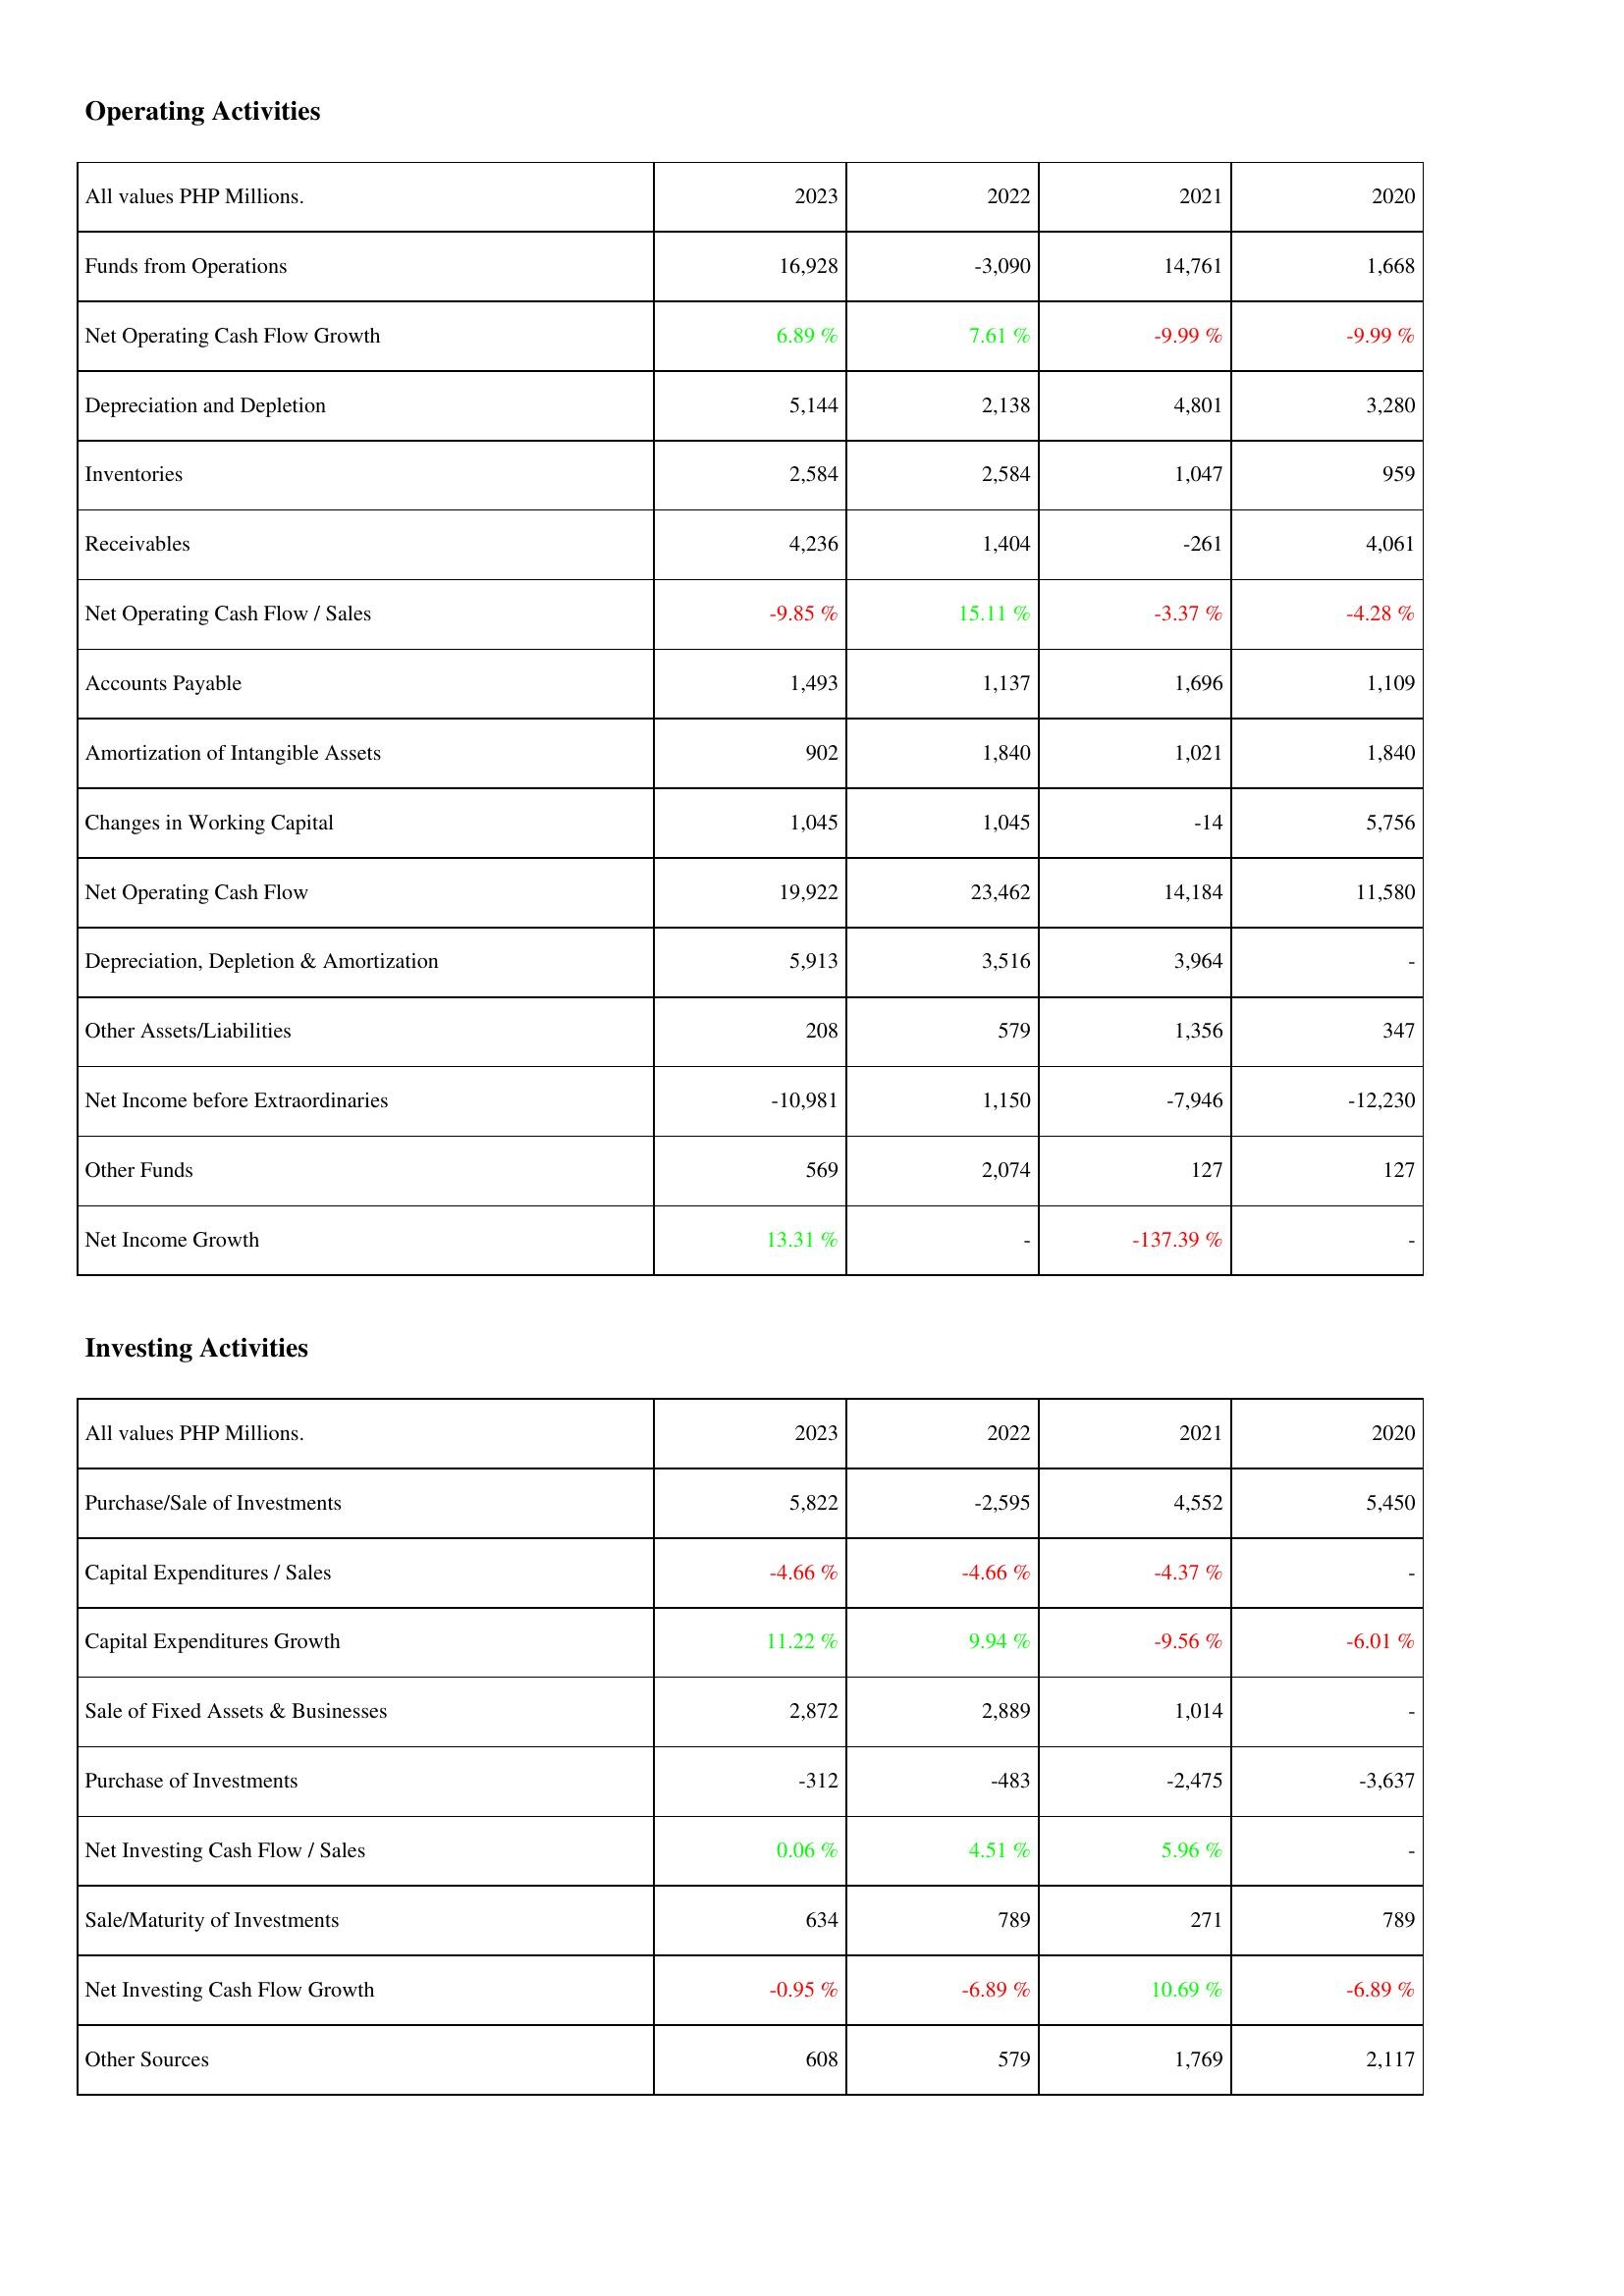
2023: Operating Activities: Funds from Operations: 16,928
Net Operating Cash Flow Growth: 6.89 %
Depreciation and Depletion: 5,144
Inventories: 2,584
Receivables: 4,236
Net Operating Cash Flow / Sales: -9.85 %
Accounts Payable: 1,493
Amortization of Intangible Assets: 902
Changes in Working Capital: 1,045
Net Operating Cash Flow: 19,922
Depreciation, Depletion & Amortization: 5,913
Other Assets/Liabilities: 208
Net Income before Extraordinaries: -10,981
Other Funds: 569
Net Income Growth: 13.31 %
Investing Activities: Purchase/Sale of Investments: 5,822
Capital Expenditures / Sales: -4.66 %
Capital Expenditures Growth: 11.22 %
Sale of Fixed Assets & Businesses: 2,872
Purchase of Investments: -312
Net Investing Cash Flow / Sales: 0.06 %
Sale/Maturity of Investments: 634
Net Investing Cash Flow Growth: -0.95 %
Other Sources: 608
2022: Operating Activities: Funds from Operations: -3,090
Net Operating Cash Flow Growth: 7.61 %
Depreciation and Depletion: 2,138
Inventories: 2,584
Receivables: 1,404
Net Operating Cash Flow / Sales: 15.11 %
Accounts Payable: 1,137
Amortization of Intangible Assets: 1,840
Changes in Working Capital: 1,045
Net Operating Cash Flow: 23,462
Depreciation, Depletion & Amortization: 3,516
Other Assets/Liabilities: 579
Net Income before Extraordinaries: 1,150
Other Funds: 2,074
Net Income Growth: -
Investing Activities: Purchase/Sale of Investments: -2,595
Capital Expenditures / Sales: -4.66 %
Capital Expenditures Growth: 9.94 %
Sale of Fixed Assets & Businesses: 2,889
Purchase of Investments: -483
Net Investing Cash Flow / Sales: 4.51 %
Sale/Maturity of Investments: 789
Net Investing Cash Flow Growth: -6.89 %
Other Sources: 579
2021: Operating Activities: Funds from Operations: 14,761
Net Operating Cash Flow Growth: -9.99 %
Depreciation and Depletion: 4,801
Inventories: 1,047
Receivables: -261
Net Operating Cash Flow / Sales: -3.37 %
Accounts Payable: 1,696
Amortization of Intangible Assets: 1,021
Changes in Working Capital: -14
Net Operating Cash Flow: 14,184
Depreciation, Depletion & Amortization: 3,964
Other Assets/Liabilities: 1,356
Net Income before Extraordinaries: -7,946
Other Funds: 127
Net Income Growth: -137.39 %
Investing Activities: Purchase/Sale of Investments: 4,552
Capital Expenditures / Sales: -4.37 %
Capital Expenditures Growth: -9.56 %
Sale of Fixed Assets & Businesses: 1,014
Purchase of Investments: -2,475
Net Investing Cash Flow / Sales: 5.96 %
Sale/Maturity of Investments: 271
Net Investing Cash Flow Growth: 10.69 %
Other Sources: 1,769
2020: Operating Activities: Funds from Operations: 1,668
Net Operating Cash Flow Growth: -9.99 %
Depreciation and Depletion: 3,280
Inventories: 959
Receivables: 4,061
Net Operating Cash Flow / Sales: -4.28 %
Accounts Payable: 1,109
Amortization of Intangible Assets: 1,840
Changes in Working Capital: 5,756
Net Operating Cash Flow: 11,580
Depreciation, Depletion & Amortization: -
Other Assets/Liabilities: 347
Net Income before Extraordinaries: -12,230
Other Funds: 127
Net Income Growth: -
Investing Activities: Purchase/Sale of Investments: 5,450
Capital Expenditures / Sales: -
Capital Expenditures Growth: -6.01 %
Sale of Fixed Assets & Businesses: -
Purchase of Investments: -3,637
Net Investing Cash Flow / Sales: -
Sale/Maturity of Investments: 789
Net Investing Cash Flow Growth: -6.89 %
Other Sources: 2,117